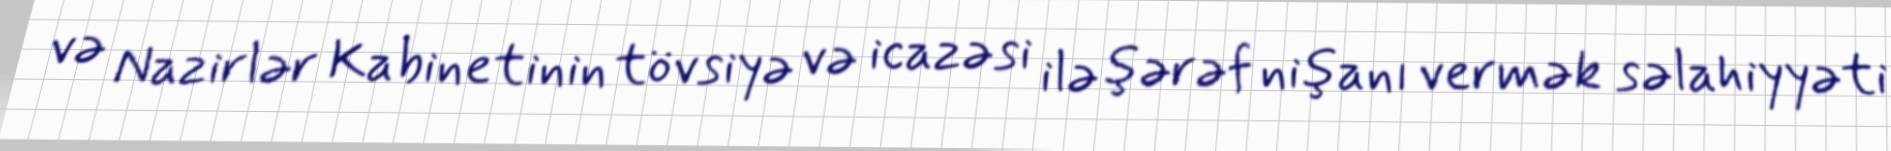
və Nazirlər Kabinetinin tövsiyə və icazəsi ilə şərəf nişanı vermək səlahiyyəti